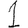
Digit: 1